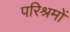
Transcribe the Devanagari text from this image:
परिश्रमों